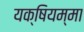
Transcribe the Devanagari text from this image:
यक्षियम्मा